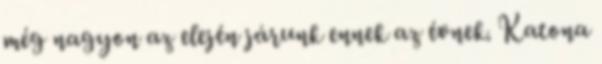
még nagyon az elején járunk ennek az évnek. Katona